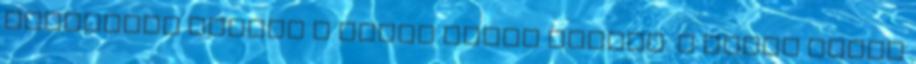
többséget szerez a Royal Canin cégben. A Royal Canin